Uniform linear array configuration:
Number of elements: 24
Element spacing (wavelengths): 0.75
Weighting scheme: kaiser
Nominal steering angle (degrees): -15
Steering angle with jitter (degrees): -14.208
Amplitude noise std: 0.05
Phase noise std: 0.05

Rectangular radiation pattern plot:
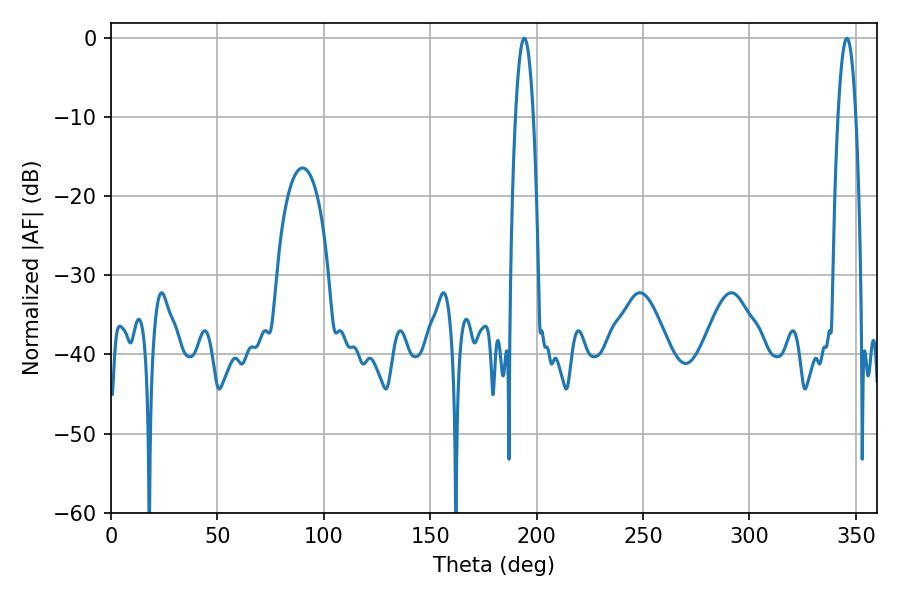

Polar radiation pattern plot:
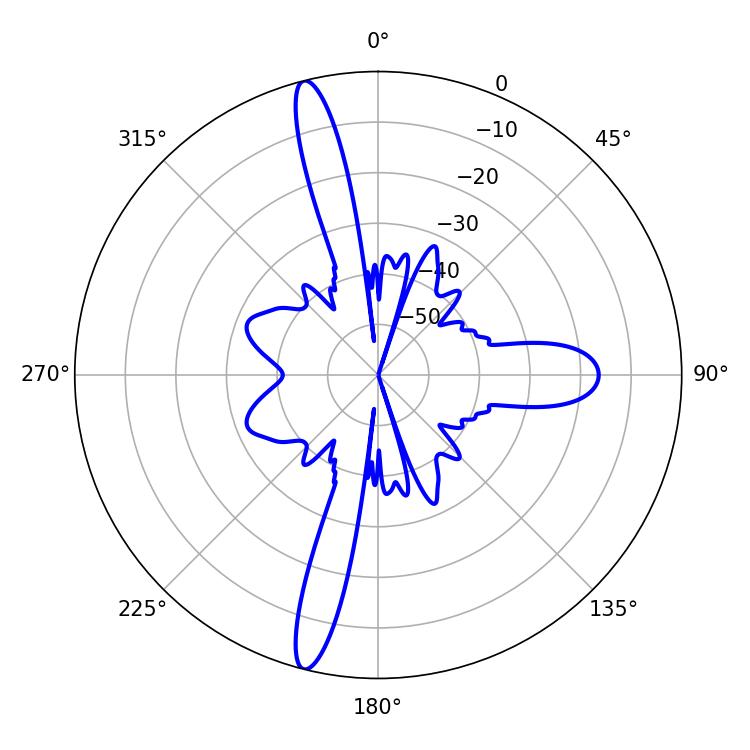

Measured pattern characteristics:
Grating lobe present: TRUE
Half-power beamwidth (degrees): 4.68
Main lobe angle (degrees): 194.22